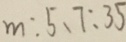
m : 5 . 7 : 3 5